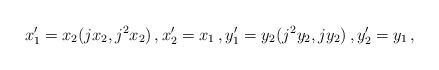
LaTeX: \begin{align*}x_1^\prime = x_2( jx_2, j^2 x_2) \, , x_2^\prime = x_1 \, , y_1^\prime = y_2(j^2 y_2, j y_2) \, , y_2^\prime = y_1 \, , \end{align*}